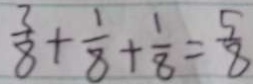
\frac { 3 } { 8 } + \frac { 1 } { 8 } + \frac { 1 } { 8 } = \frac { 5 } { 8 }